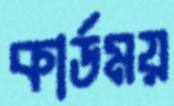
কার্ডময়